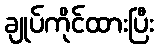
ချုပ်ကိုင်ထားပြီး